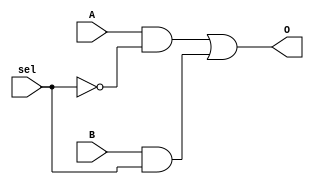
`timescale 1ns / 1ps
//////////////////////////////////////////////////////////////////////////////////
// Company: 
// Engineer: 
// 
// Design Name: 
// Module Name: mux21
// Project Name: 
// Target Devices: 
// Tool Versions: 
// Description: 
// 
// Dependencies: 
// 
// Revision:
// Revision 0.01 - File Created
// Additional Comments:
// 
//////////////////////////////////////////////////////////////////////////////////

//sel es 0 si a=0 y es 1 si b=0

module mux21(
O,
A,
B,
sel
);

output O;
input A,B,sel;


not #(50) not1(nsel,sel);
and #(50) and1(O1,A,nsel); 
and #(50) and2(O2,B,sel);
or #(50) or2(O,O1,O2);

endmodule